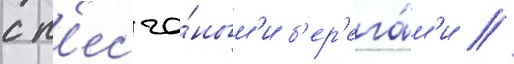
с п'есча́ным'и б'ер'ега́м'и //